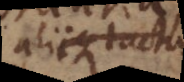
aliique tactus,